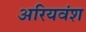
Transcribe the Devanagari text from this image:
अरियवंश